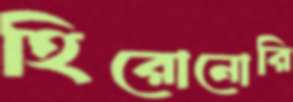
হিরোনোরি